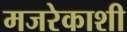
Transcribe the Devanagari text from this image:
मजरेकाशी